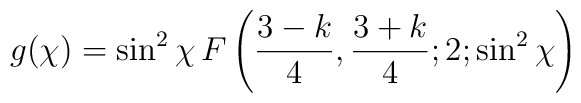
g(\chi) = \sin^2{\chi} \, F\left(\frac{3-k}{4}, \frac{3+k}{4}; 2; \sin^2{\chi} \right)